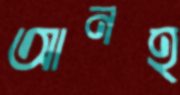
আনহ